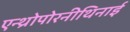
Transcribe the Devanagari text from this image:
एन्थ्रोपोरनीथिनाई